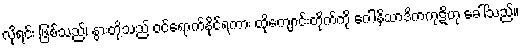
လိုရင်း ဖြစ်သည်၊ နွားတို့သည် ဝင်ရောက်နိုင်ရကား ထိုကျောင်းတိုက်ကို ဂေါနိသာဒိကကုဋိဟု ခေါ်သည်။